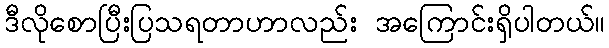
ဒီလိုစောပြီးပြသရတာဟာလည်း အကြောင်းရှိပါတယ်။